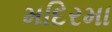
મદિરમા